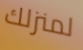
لمنزلك